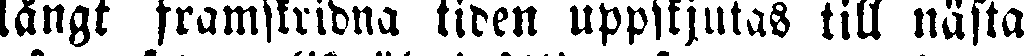
längt framskridna tiden uppskjutas till nästa